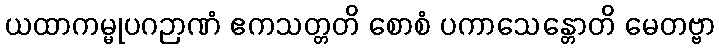
ယထာကမ္မုပဂဉာဏံ ဧကသတ္တတိ စောစံ ပကာသေန္တောတိ မေတဗ္ဗာ